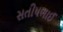
સતીષભાઈ